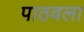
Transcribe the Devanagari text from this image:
पाठवला